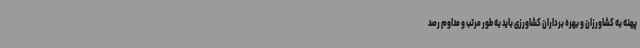
پهنه به کشاورزان و بهره برداران کشاورزی باید به طور مرتب و مداوم رصد